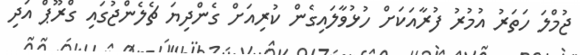
ޖުމްލަ ހަތަރު އުމުރު ފުރާއަކަށް ހުޅުވާލައިގެން ކުރިއަށް ގެންދިޔަ ޗެލެންޖުގައި ގްރޫޕް އަދި